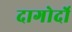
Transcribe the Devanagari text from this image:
दागोर्दो